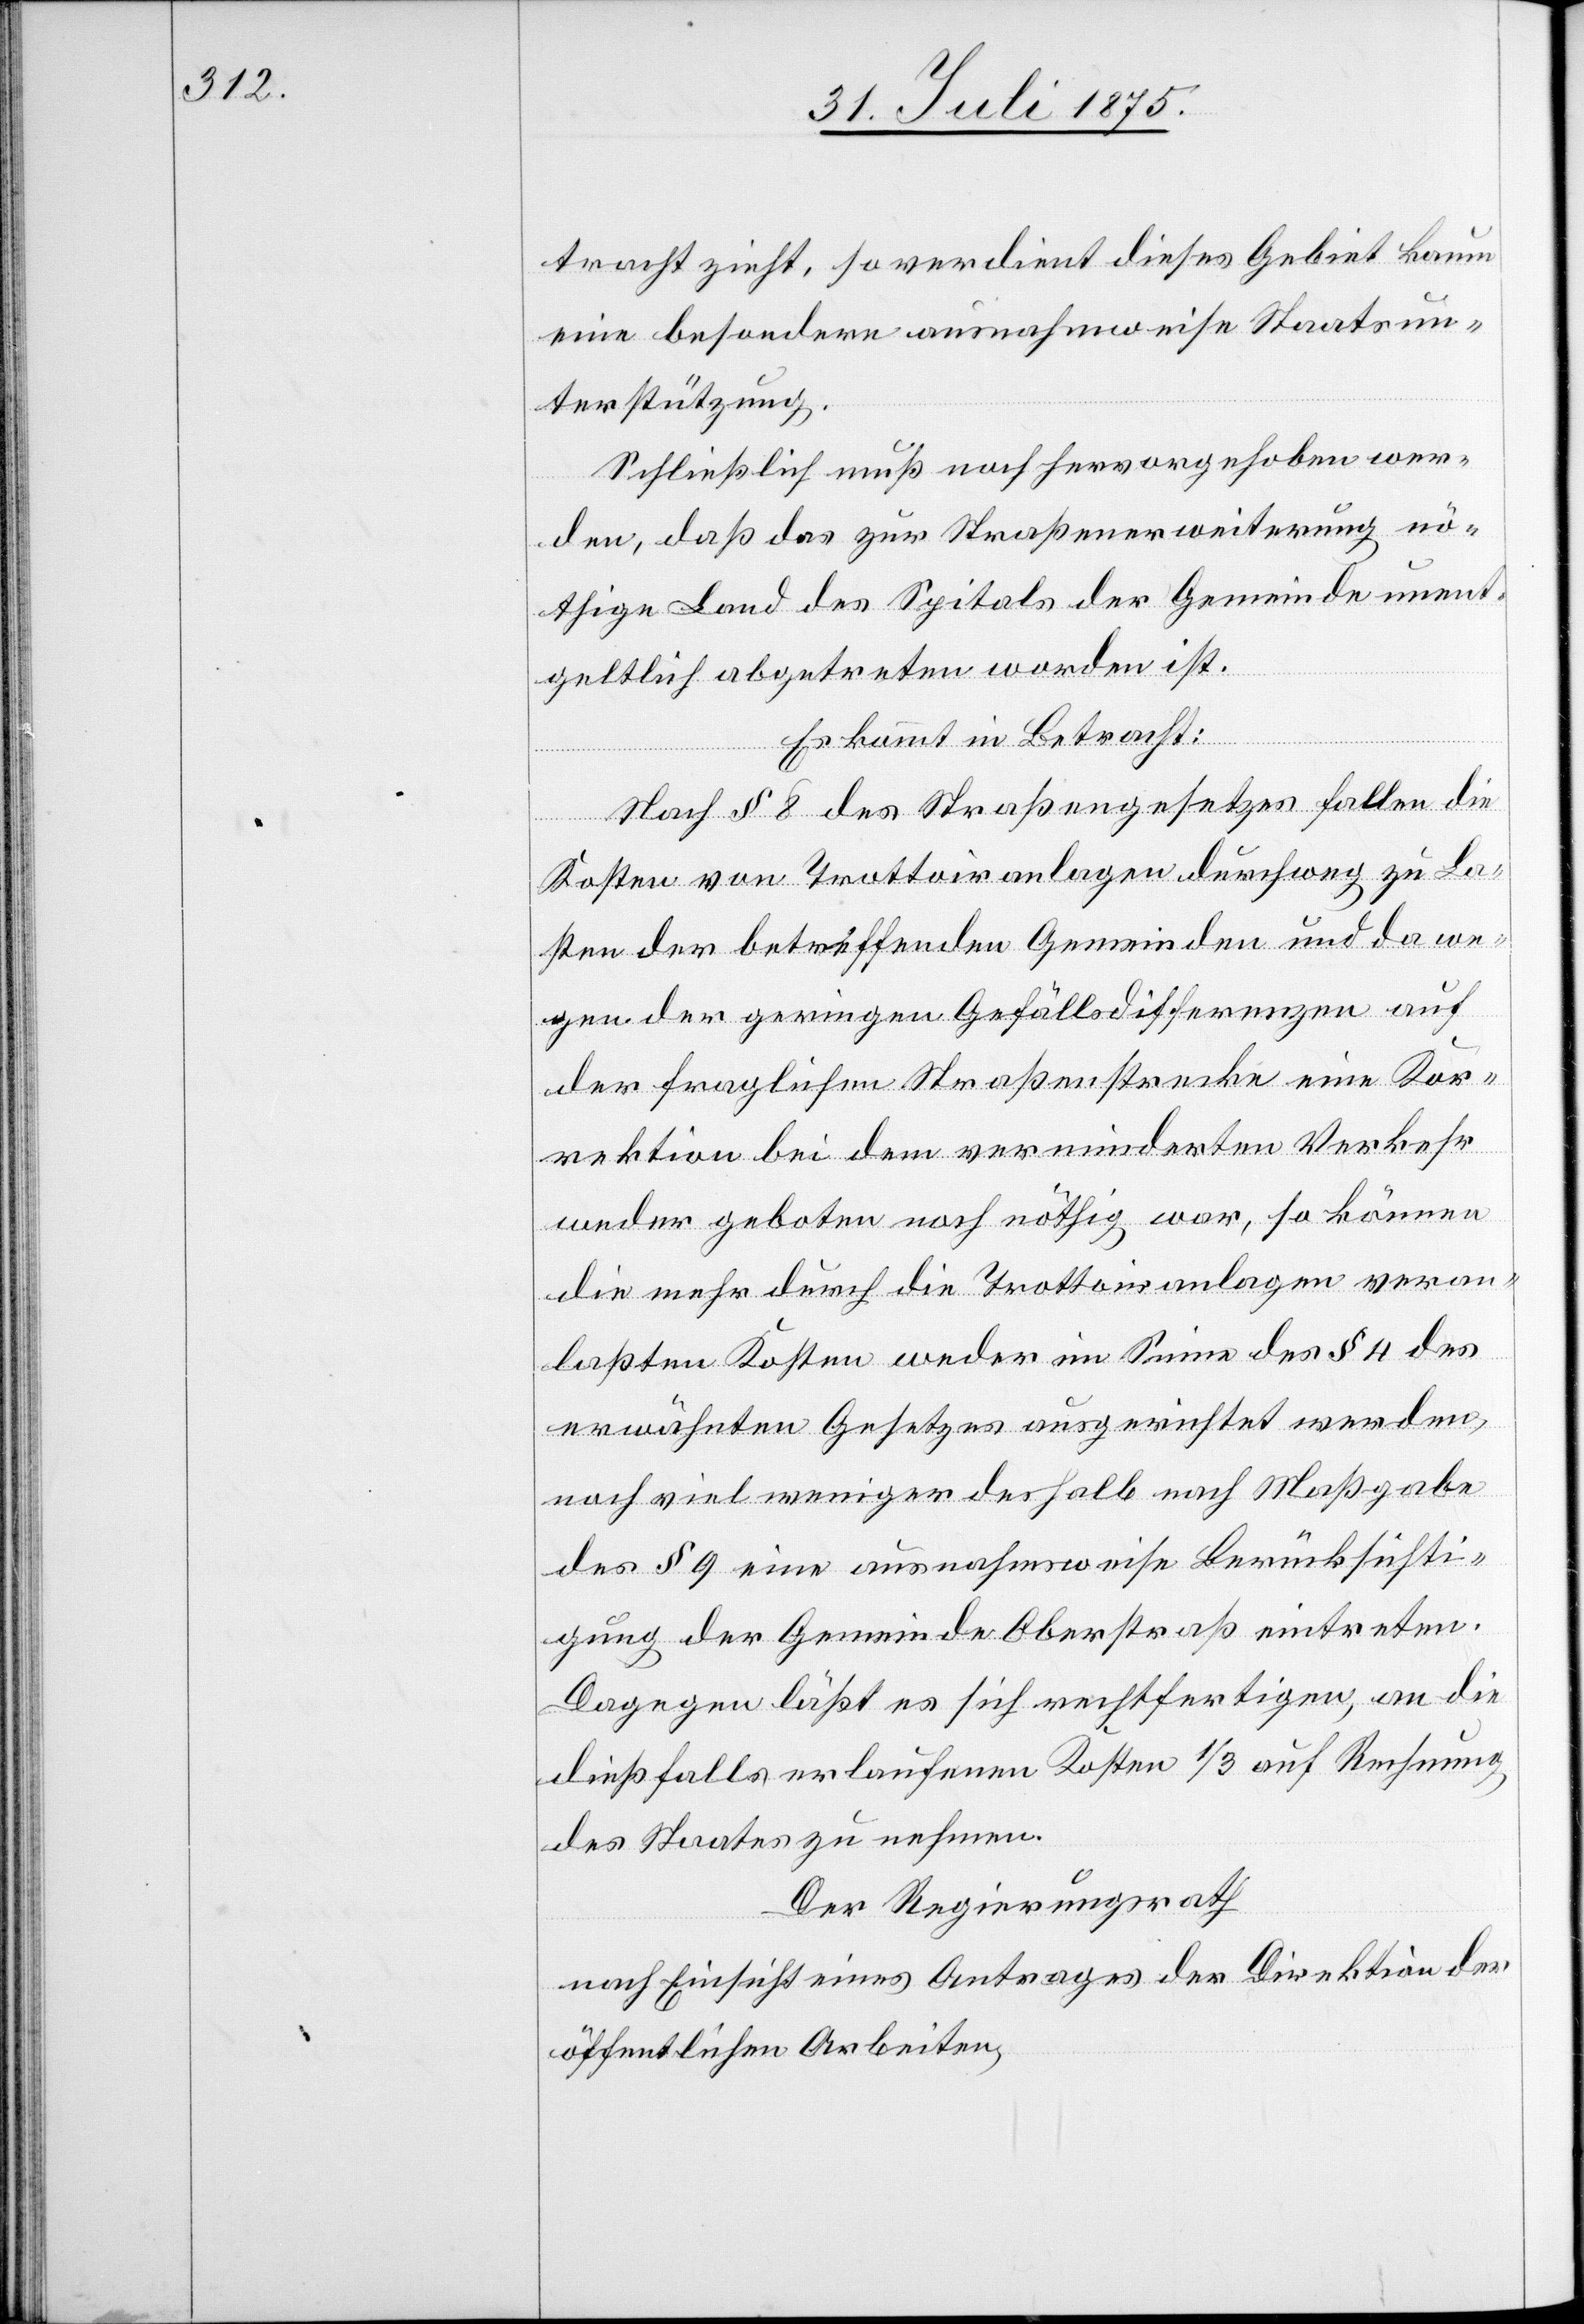
tracht zieht, so verdient dieses Gebiet kaum
eine besondere ausnahmsweise Staatsun¬
terstützung.
Schließlich muß noch hervorgehoben wer¬
den, daß das zur Straßenerweiterung nö¬
thige Land des Spitals der Gemeinde unent¬
geltlich abgetreten worden ist.
Es kommt in Betracht:
Nach § 8 des Straßengesetzes fallen die
Kosten von Trottoiranlagen durchweg zu La¬
sten der betreffenden Gemeinden und da we¬
gen der geringen Gefällsdifferenzen auf
der fraglichen Straßenstrecke eine Kor¬
rektion bei dem verminderten Verkehr
weder geboten noch nöthig war, so können
die mehr durch die Trottoiranlagen veran¬
laßten Kosten weder im Sinne des § 4 des
erwähnten Gesetzes ausgerichtet werden,
noch viel weniger deshalb nach Maßgabe
der § 9 eine ausnahmsweise Berücksichti¬
gung der Gemeinde Oberstraß eintreten.
Dagegen läßt es sich rechtfertigen, an die
dießfalls erlaufenen Kosten 1/3 auf Rechnung
des Staates zu nehmen.
Der Regierungsrath
nach Einsicht eines Antrages der Direktion der
öffentlichen Arbeiten,